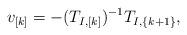
LaTeX: \begin{align*} v_{[k]} = -(T_{I,[k]})^{-1} T_{I,\{k+1\}}, \end{align*}